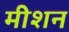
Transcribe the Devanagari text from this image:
मीशन